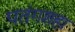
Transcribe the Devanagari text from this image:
पतंगशहा